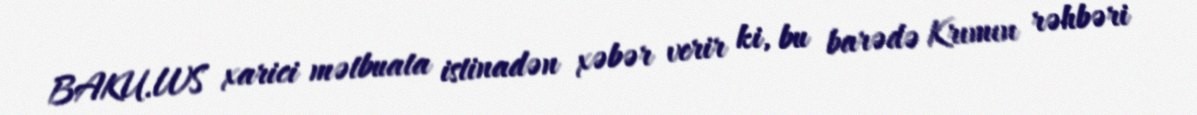
BAKU.WS xarici mətbuata istinadən xəbər verir ki, bu barədə Krımın rəhbəri